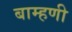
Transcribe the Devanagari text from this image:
बाम्हणी